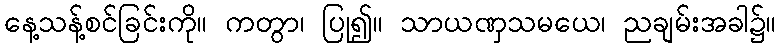
နေ့သန့်စင်ခြင်းကို။ ကတွာ၊ ပြု၍။ သာယဏှသမယေ၊ ညချမ်းအခါ၌။